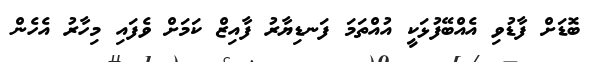
ބޮޑަށް ފާޑުވި އެއްބޭފުޅަކީ އުއްތަމަ ފަނޑިޔާރު ފާއިޒް ކަމަށް ވެފައި މިހާރު އެހެން